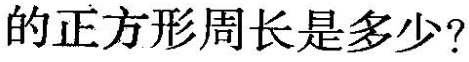
的正方形周长是多少?